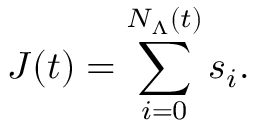
J ( t ) = \sum _ { i = 0 } ^ { N _ { \Lambda } ( t ) } s _ { i } .